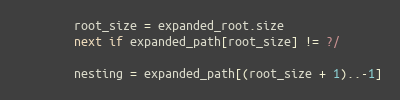
Language: Ruby
        root_size = expanded_root.size
        next if expanded_path[root_size] != ?/

        nesting = expanded_path[(root_size + 1)..-1]